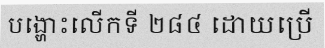
បង្ហោះលើកទី ២៨៤ ដោយប្រើ